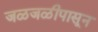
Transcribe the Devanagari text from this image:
जळजळीपासून